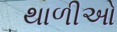
થાળીઓ